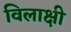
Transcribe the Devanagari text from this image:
विलाक्षी